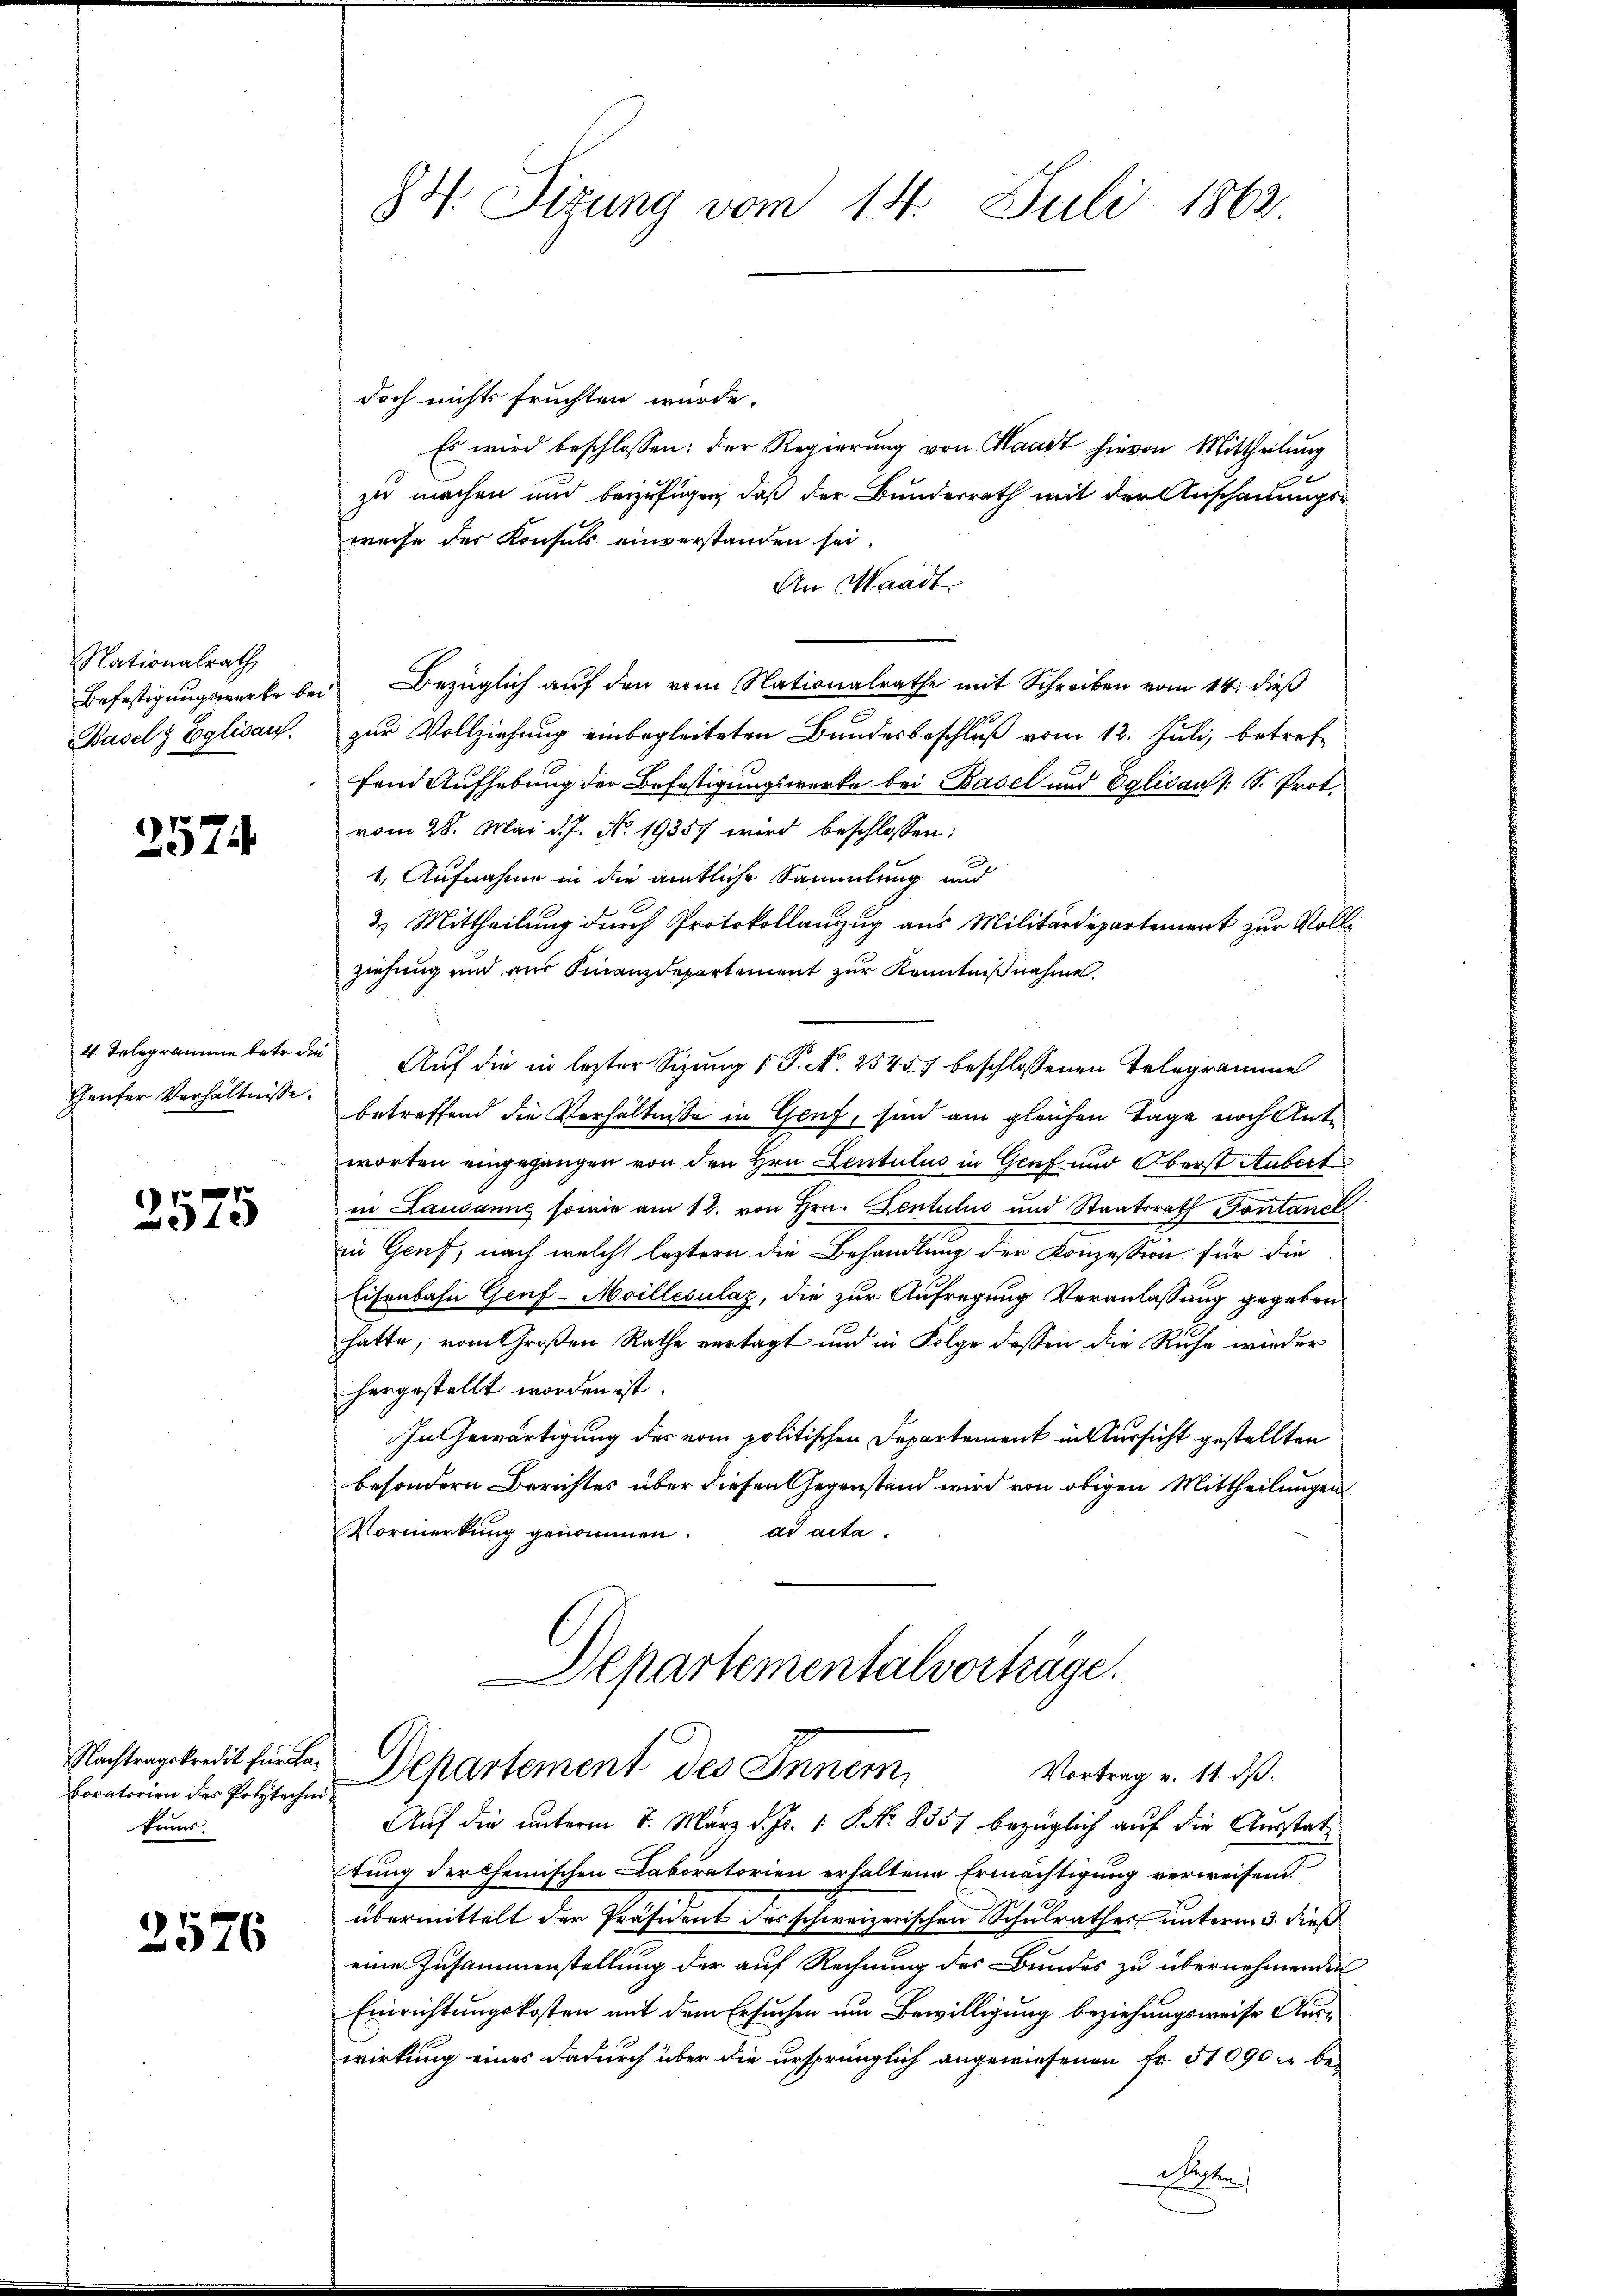
Nationalrath
Befestigungswerke be¬
Basel & Eglisau.

2574

4 Telegramme betr. die
Geufer Verhältnisse.

3575

Nachtragskredit für Laboratorien des Polytechn
Erns

2576

84. Sizung vom 14. Juli 1862

doch nichts fruchten würde.
Es wird beschlossen: der Regierŭng von Maart hievon Mittheilung
zu machen und beizufügen, daß der Bundesrath mit der Anschauungs-
weise des Konsuls einverstanden sei.
An Waadt.
Bezüglich auf den vom Nationalrathe mit Schreiben vom 14. dieß
zur Vollziehung einbegleiteten Bundesbeschluß vom 12. Juli, betreffand Aufhebung der Befestigungswerke bei Basel und Eglisau (S. Prot.
vom 28. Mai d. J. No. 19357 wird beschlossen:
1. Aufnahme in die amtliche Sammlung und
2. Mittheilung durch Protokollanzug aus Militärdepartement zur Vollziehung und am Finanzdepartement zŭr Kenntniβnahme.
Auf die in lezter Sizung 1 P. N. 25457 beschlossenen Telegramme
betreffend die Verhältnisse in Gruf, sind am gleichen Tage noch Ante
worten eingegangen von den Hrn. Lentulus in Genf und Oberst Aubert
in Lausanne sowie am 12. von Hrn. Zentulus und Staatsrath Sontanek
zu Genf, nach welche leztern die Behandlung der Konzession für die
Eisenbahn Genf-Moillesulaz, die zur Aufregung Veranlassung gegeben
hatte, vom Großen Rathe vertagt und in Folge dessen die Ruhe wieder
hergestellt worden ist.
In Gewärtigung der vom politischen Departement in Sursicht gestellten
besondern Berichtes über diesen Gegenstand wird von obigen Mittheilungen
ad acta.
Vormerkung genommen.
Departementalverhäge.
Departement des Inner,
Vortrag v. 11. ds.
Auf die unterm 8. März d. Js. 1. P. Nr. 8557 bezüglich auf die Ausstattung der Chemischen Caboratorien erhaltene Ermächtigung verweisend.
übermittelt der Präsident des schweizerischen Schulrathes unterm 3. dieß
eine Zusammenstellung der auf Rechnung des Bundes zu übernehmenden
Einrichtungskosten mit dem Ersuchen um Bewilligung beziehungsweise Auswirkung eines dadurch über die ursprünglich angewiesenen Fr. 51090 zu be¬